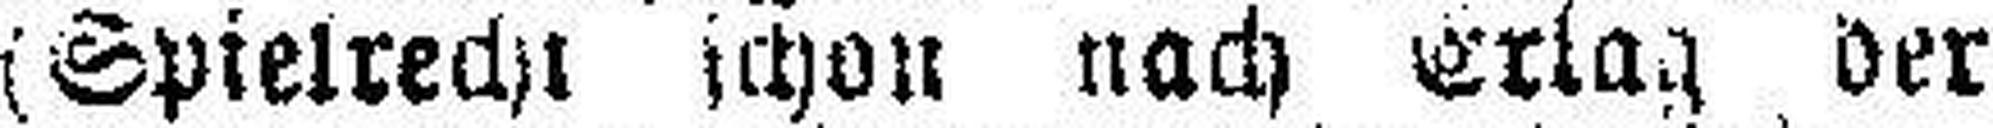
(Spielrecht schon nach Erlag der